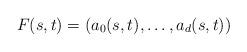
LaTeX: \begin{align*}F(s,t) = (a_0(s,t),\dots,a_d(s,t))\end{align*}